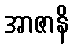
အာဇာနိ